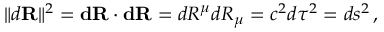
\| d \mathbf { R } \| ^ { 2 } = \mathbf { d R \cdot d R } = d R ^ { \mu } d R _ { \mu } = c ^ { 2 } d \tau ^ { 2 } = d s ^ { 2 } \, ,